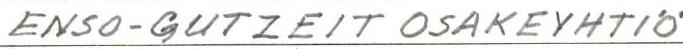
ENSO-GUTZEIT OSAKEYHTIÖ